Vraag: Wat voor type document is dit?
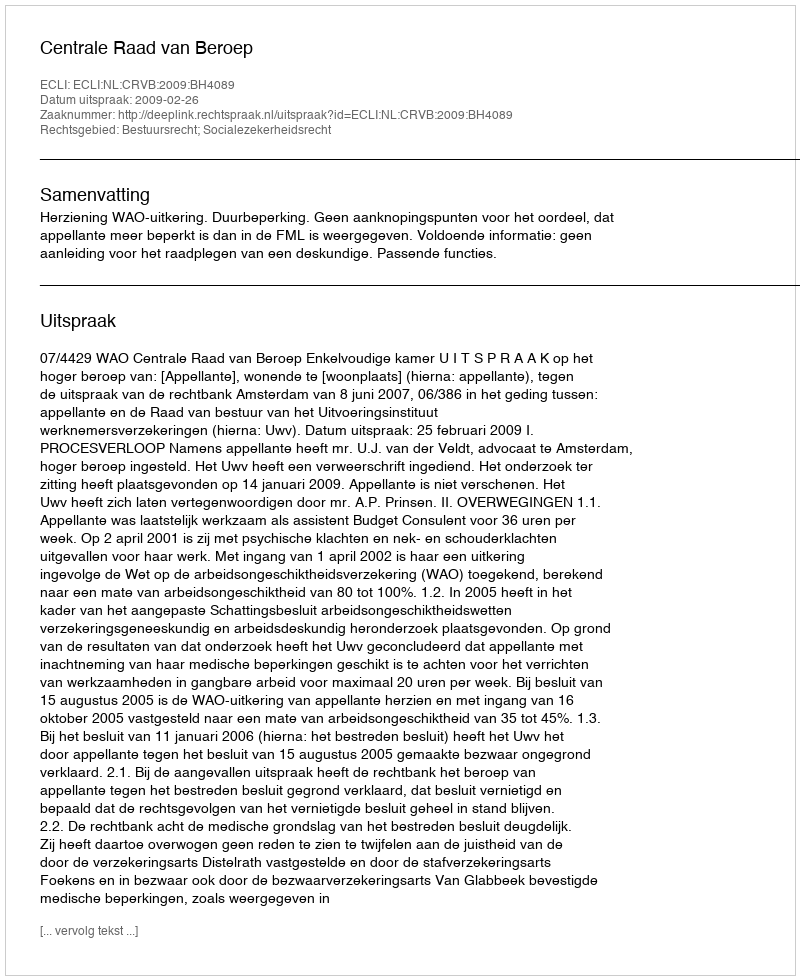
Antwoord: Uitspraak